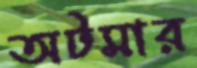
অটমার